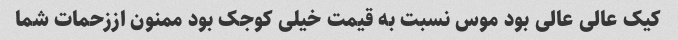
کیک عالی عالی بود موس نسبت به قیمت خیلی کوجک بود ممنون اززحمات شما